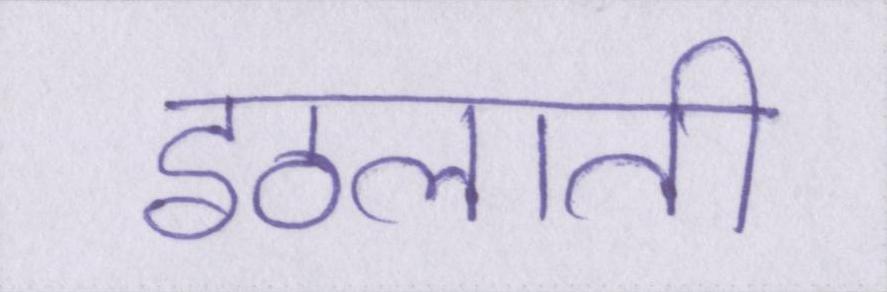
इठलाती